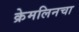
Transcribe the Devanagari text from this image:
क्रेमलिनचा